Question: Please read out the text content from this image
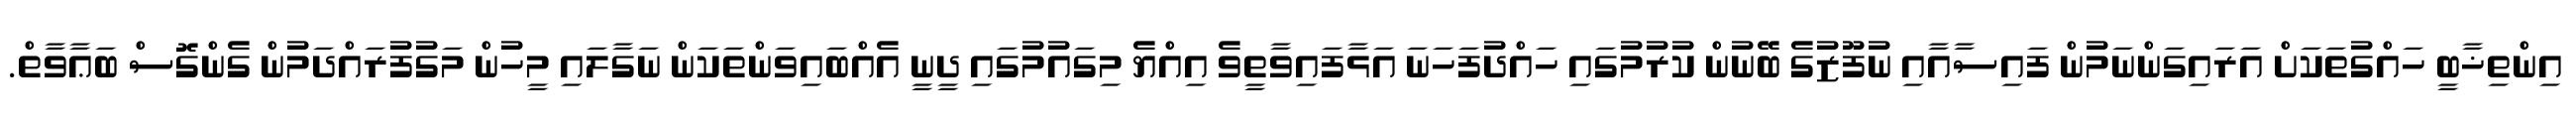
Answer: އިންތިޚާބީ ހައްގުތަކަށް އަރައިގަންނަމުން ފައިސާއާއި ނުފޫޒުގެ ބޭނުން ކުރުމުގައި ހައްދުފަހަނަ އަޅާފައިވާތީވެ އިއްޔެ މިގައުމުގައި ދީނީ އެއްބައިވަންތަކަން ނަގާލައި މީހުން މަގުފުރައްދަމުން ގެންގޮސް ބަޢާވާތް.